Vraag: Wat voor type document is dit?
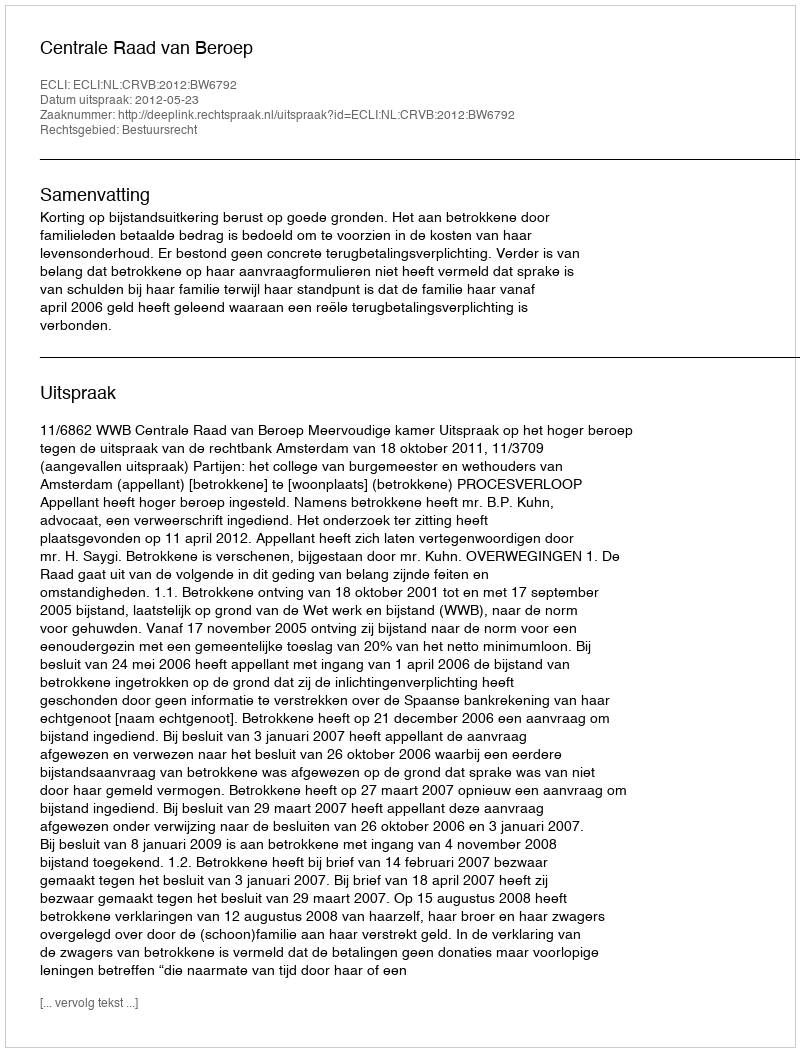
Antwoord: Uitspraak